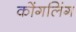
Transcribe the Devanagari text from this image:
कोंगलिंग